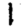
Digit: 1